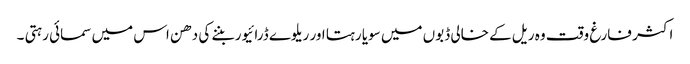
اکثر فارغ وقت وہ ریل کے خالی ڈبوں میں سویا رہتا اور ریلوے ڈرائیور بننے کی دھن اس میں سمائی رہتی ۔